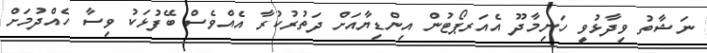
ނަޝާތު ވިދާޅުވީ ހަނިމާދޫ އެއަރޕޯޓުން އިންޑިޔާއަށް ދަތުރުކުރާ އެއްވެސް ބޭފުޅަކު ވިސާ ހެއްދުމަށް